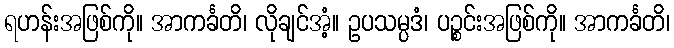
ရဟန်းအဖြစ်ကို။ အာကင်္ခတိ၊ လိုချင်အံ့။ ဥပသမ္ပဒံ၊ ပဉ္စင်းအဖြစ်ကို။ အာကင်္ခတိ၊